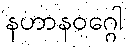
နဟာနဝဂ္ဂေါ